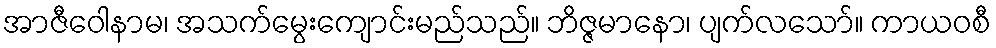
အာဇီဝေါနာမ၊ အသက်မွေးကျောင်းမည်သည်။ ဘိဇ္ဇမာနော၊ ပျက်လသော်။ ကာယဝစီ